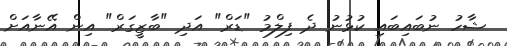
ޝާހު ނުބައިބައި ކުޅުނު ދެ ފިލްމު "ޑަރް" އަދި "ބާޒީގަރް" އިން އޭނާއަށް